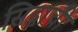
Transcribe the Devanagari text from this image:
सिद्धाची